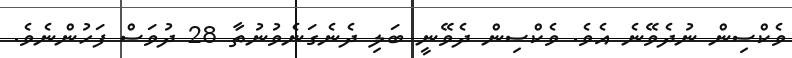
ވެކްސިން ނުދެވޭނެ އެވެ. ވެކްސިން ދެވޭނީ ބަލި ދެނެގަނެވުނުތާ 28 ދުވަސް ފަހުންނެވެ.